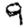
Digit: 9